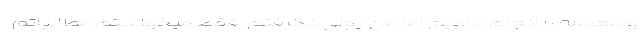
و معامله را انجام دادیم اما من پولی نگرفتم. فقط میخواستم مطالباتم